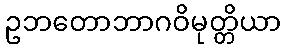
ဥဘတောဘာဂဝိမုတ္တိယာ